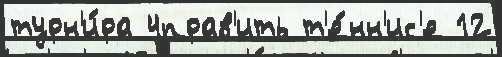
турн'и́ра 4прав'ить т'е́нн'ис'е 12